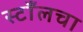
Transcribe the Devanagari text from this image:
स्टाँलचा